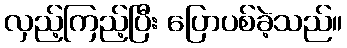
လှည့်ကြည့်ပြီး ပြောပစ်ခဲ့သည်။